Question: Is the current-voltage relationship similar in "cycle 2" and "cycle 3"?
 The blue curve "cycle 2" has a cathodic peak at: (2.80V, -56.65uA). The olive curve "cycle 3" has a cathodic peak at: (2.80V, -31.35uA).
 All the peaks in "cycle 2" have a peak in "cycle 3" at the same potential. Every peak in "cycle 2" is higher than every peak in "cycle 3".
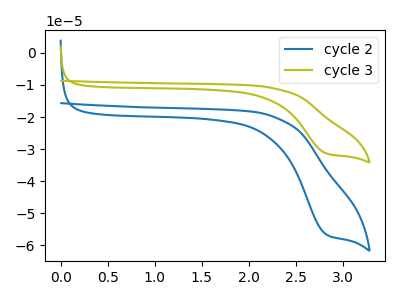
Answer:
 <answer>"cycle 2" and "cycle 3" are similar in shape.</answer>
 <eval>same_shape</eval>